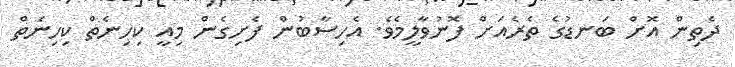
ދެތިން އޮށް ބަނޑުގެ ތެރެއަށް ފޮނުވާލީމެވެ. އެހިސާބުން ފެށިގެން މިއީ ކިހިނެތް ކިހިނެތް